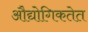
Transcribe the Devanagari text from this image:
औद्योगिकतेत